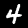
Digit: 4